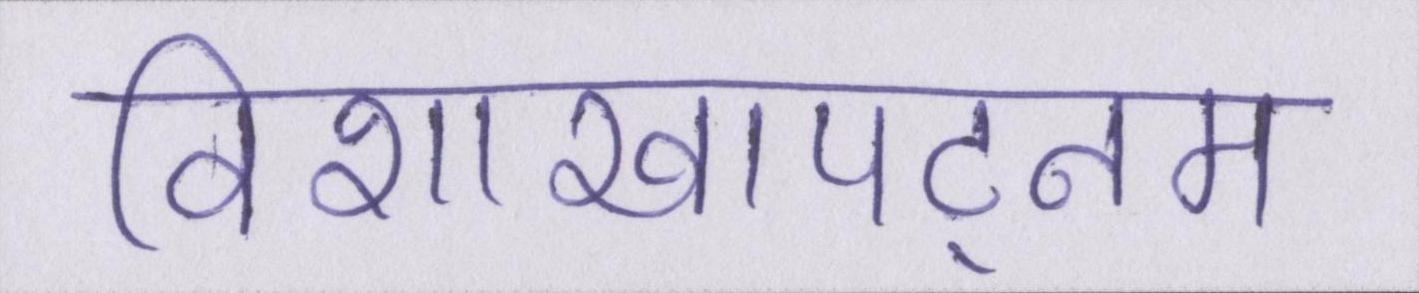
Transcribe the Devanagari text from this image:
विशाखापट्नम